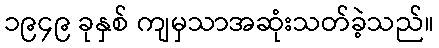
၁၉၄၉ ခုနှစ် ကျမှသာအဆုံးသတ်ခဲ့သည်။